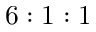
6 : 1 : 1